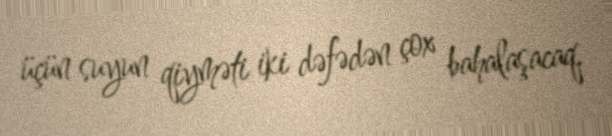
üçün suyun qiyməti iki dəfədən çox bahalaşacaq.